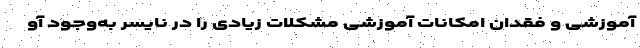
آموزشی و فقدان امکانات آموزشی مشکلات زیادی را در نایسر به‌وجود آو